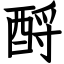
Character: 酹